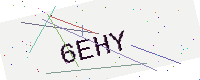
Text: 6EHY